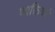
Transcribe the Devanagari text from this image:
व्यक्तिवर्ग